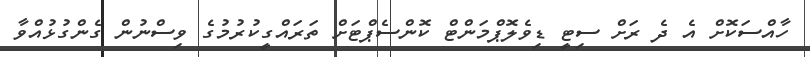
ހާއްސަކޮށް އެ ދެ ރަށް ސިޓީ ޑިވެލޮޕްމަންޓް ކޮންސެޕްޓަށް ތަރައްގީކުރުމުގެ ވިސްނުން ގެންގުޅުއްވާ